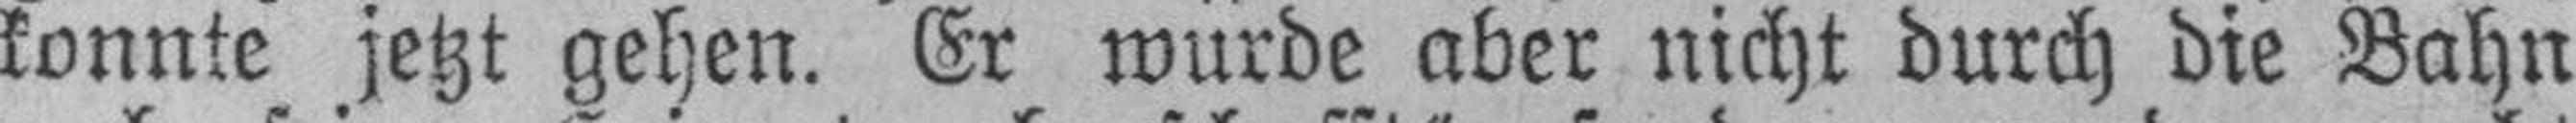
konnte jetzt gehen. Er wurde aber nicht durch die Bahn